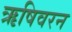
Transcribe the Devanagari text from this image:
ऋषिवरन